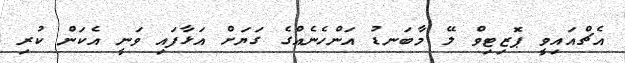
އެޗްއައިވީ ޕޮޒިޓިވް ލޭ މާބަނޑު އަންހެނެއްގެ ގަޔަށް އަޅާފައި ވަނީ އެކަން ކުރި